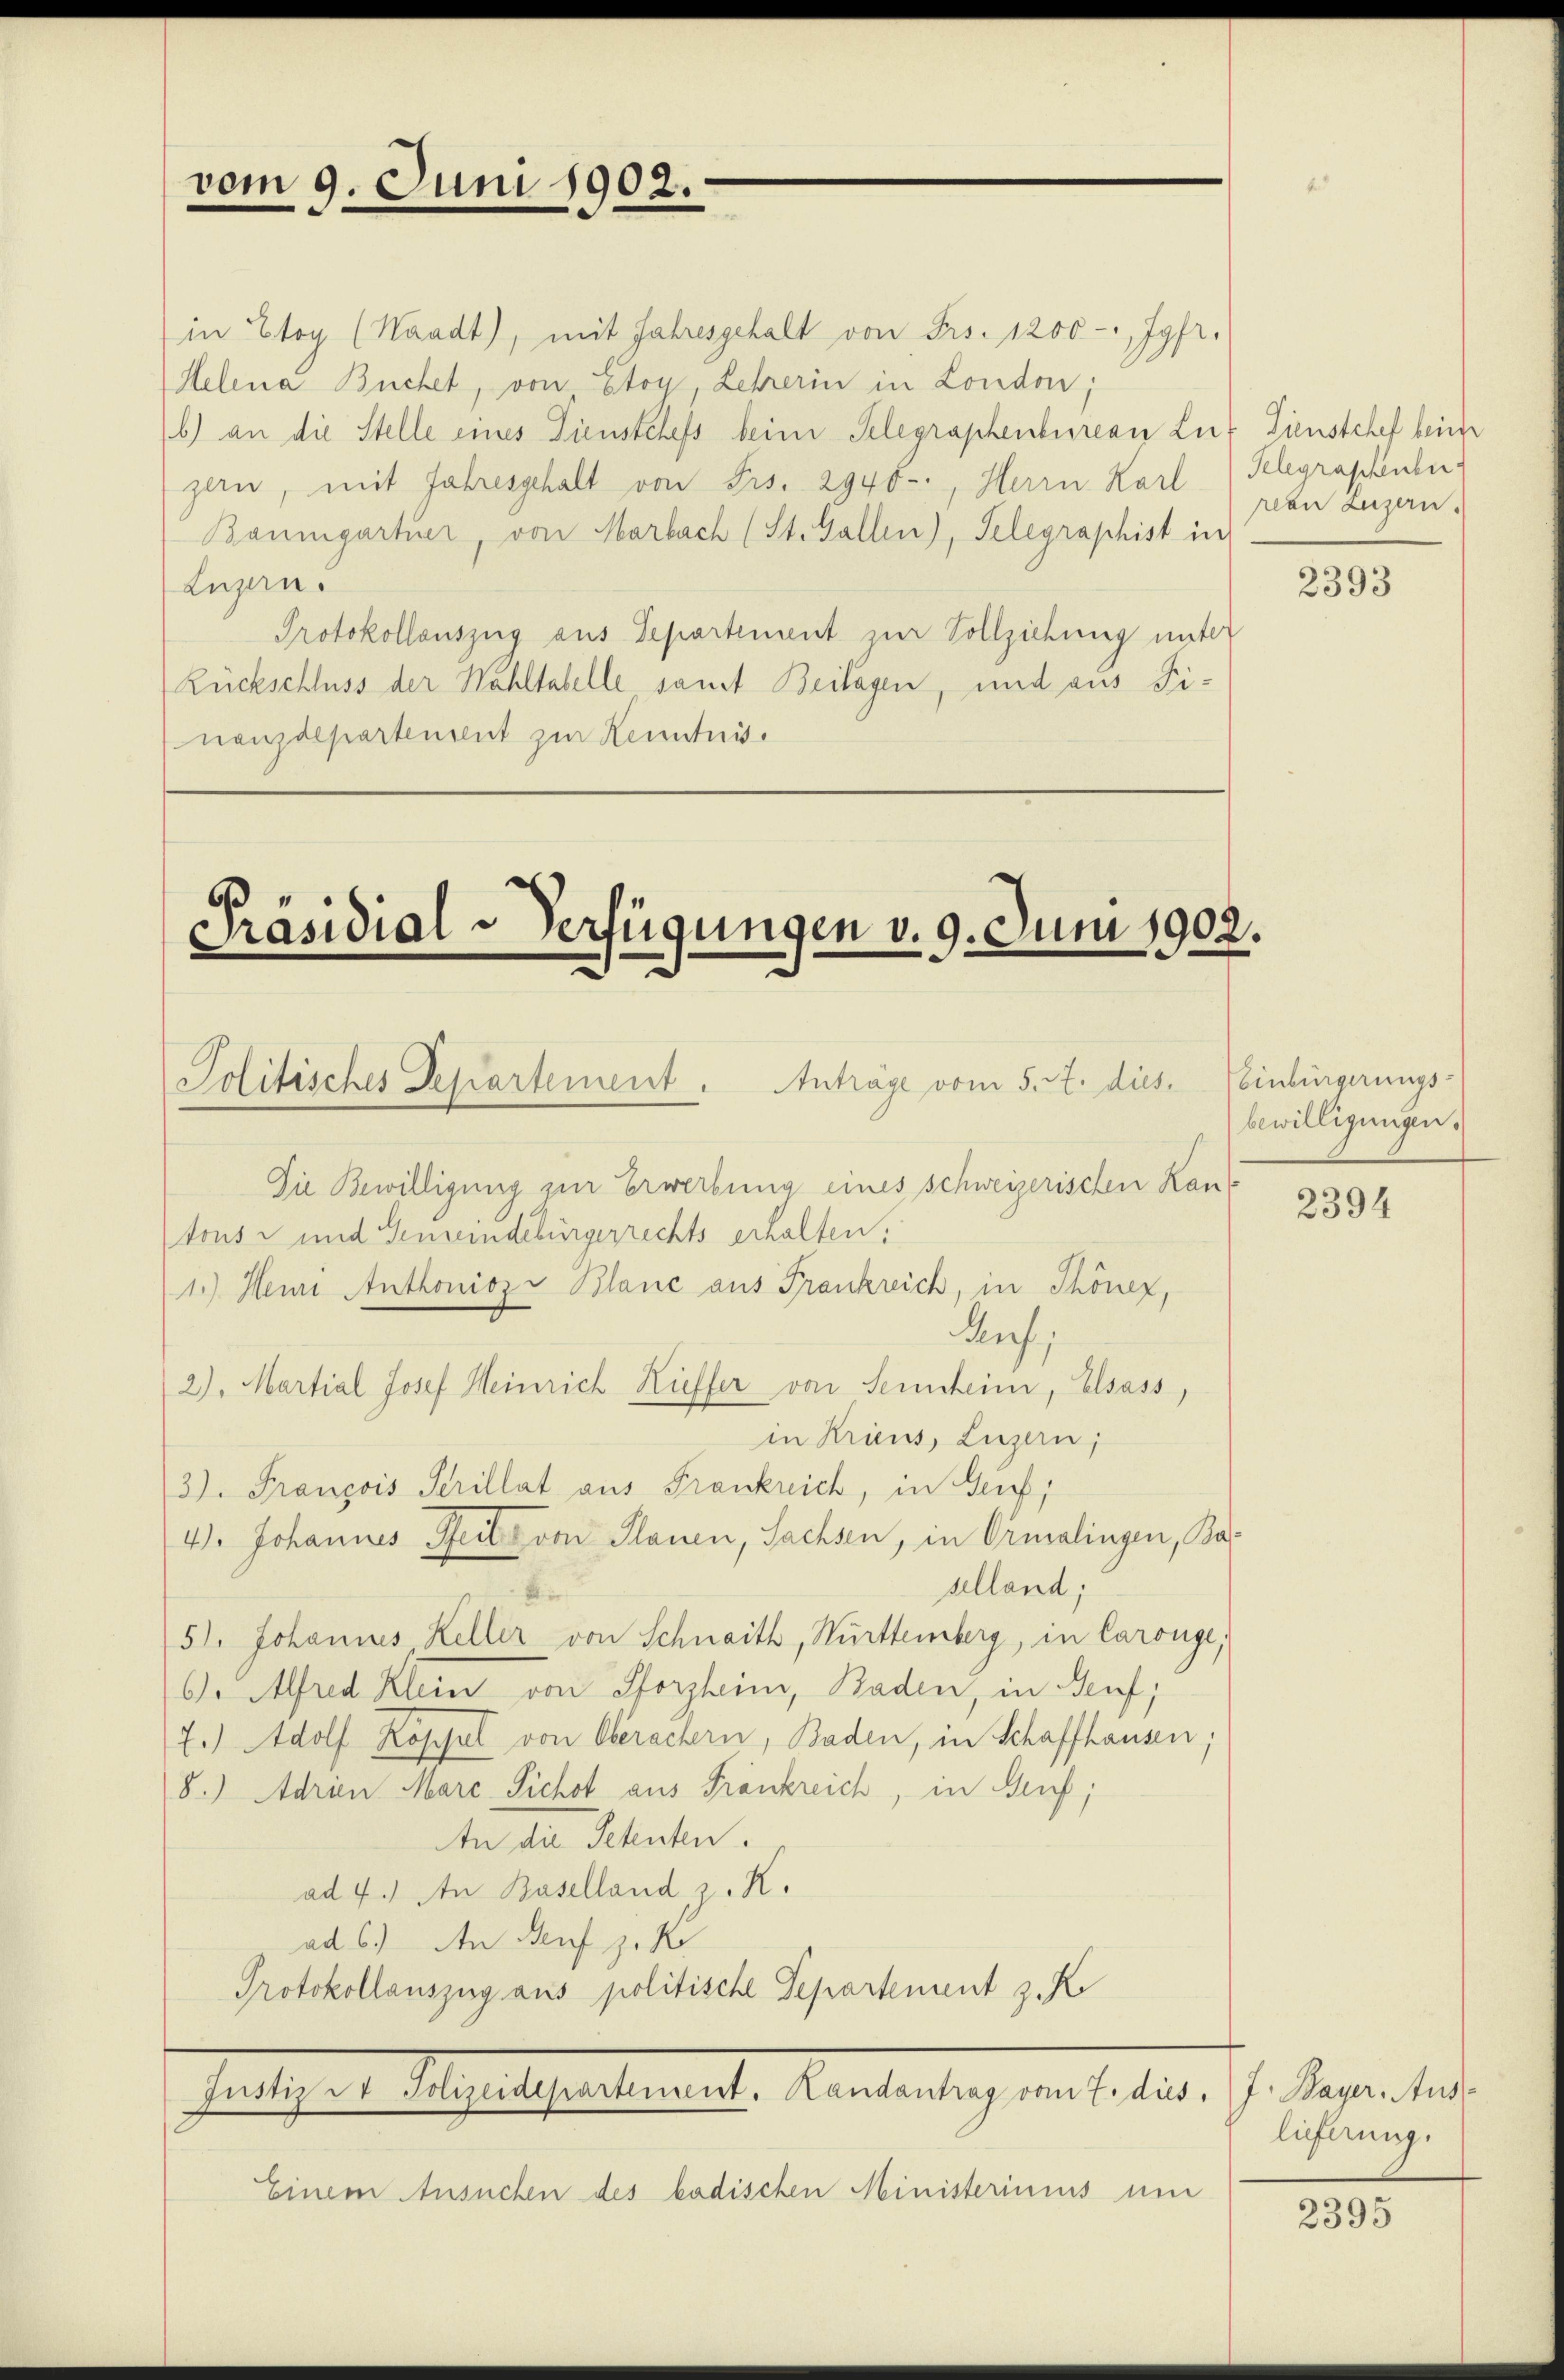
vom 9. Juni 1902.

in Etoy (Waadt, mit Jahresgehalt von Frs. 1200 - Jgfr.
Helena Buchel, von Etoy, Lehrerin in London;
b) an die Stelle eines Dienstchefs beim Telegraphenbureau Lux Dienstchef beim
zlen, mit Jahresgehalt von Frs. 2940-, Herrn Karl
Baumgartner, von Marbach (St. Gallen), Telegraphist in
Luzern.
Protokollauszug aus Departement zur Vollziehung unter
Rückschluss der Wahltabelle samt Beilagen, und aus Finanzdepartensent zur Kenntnis.

Präsidial-Verfügungen v. 9. Juni 1902.
Politisches Departement. Anträge vom 5. A. dies. Veinbürgerungs-

Die Bewilligung zur Erwerbung eines Schweizerischen Kantons- und Gemeindebürgerrechts erhalten.
1.) Mein Anthonioz Blanc aus Frankreich, in Thöner,
Auf,
2). Martial Josef Heinrich Riffer von Sennheim, Elsass,
in Kriens, Luzern;
3). François Serillat aus Frankreich, in Genf,
4). Johannes Pfeil von Planen, Sachsen, in Ormalingen, Baselland;
51. Johannes Keller von Schnaith, Württemberg, in Carouge;
6 Mfred Klein von Pforzheim, Baden, in Auf;
7.) Adolf Köpfel von Oberachern, Baden, in Schaffhausen,
8.) Adrien Marc Pichst aus Frankreich, in Genf,
An die Petenten.
ad 4. An Baselland z. K.
ad 6) An Seufzek
Protokollauszug aus politische Departement z. K
fentlicher Angelhartement. Kantonstag ein haltet. I. Segenstande
Einem Ansuchen des badischen Ministeriums um

Telegraphenbu
pean Luzern.

2393

bewilligungen.

2394

lieferung.

2395